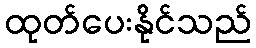
ထုတ်ပေးနိုင်သည်